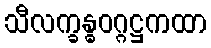
သီလက္ခန္ဓဝဂ္ဂဋ္ဌကထာ